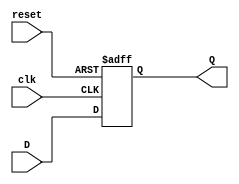
`timescale 1ns / 1ps // Specify the timescale for the Verilog code

module d_flip_flop (Q, D, clk, reset); // Define a Verilog module named d_flip_flop with input and output ports
input D; // Input data signal
input clk; // Clock signal
input reset; // Reset signal
output reg Q; // Output register representing the flip-flop output

always @(posedge clk or posedge reset) // Always block sensitive to positive edge of clock or positive edge of reset
begin
    if (reset == 1'b1) // Check if reset signal is asserted (logic level 1)
        Q <= 1'b0; // If reset is active, set output Q to logic 0
    else // If reset is not active
        Q <= D; // Set output Q to input data signal D
end

endmodule // End of Verilog module definition